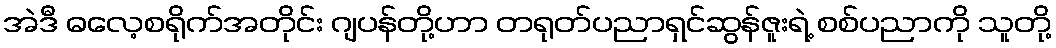
အဲဒီ ဓလေ့စရိုက်အတိုင်း ဂျပန်တို့ဟာ တရုတ်ပညာရှင်ဆွန်ဇူးရဲ့ စစ်ပညာကို သူတို့